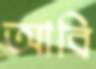
আবি